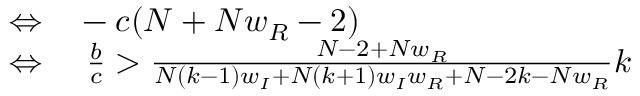
\begin{array} { r l } { \Leftrightarrow } & { { } - c ( N + N w _ { R } - 2 ) } \\ { \Leftrightarrow } & { { } ~ \frac { b } { c } > \frac { N - 2 + N w _ { R } } { N ( k - 1 ) w _ { I } + N ( k + 1 ) w _ { I } w _ { R } + N - 2 k - N w _ { R } } k } \end{array}